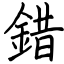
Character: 錯